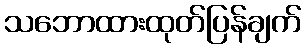
သဘောထားထုတ်ပြန်ချက်